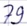
Text: 79